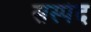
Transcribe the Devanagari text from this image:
सस्पंद